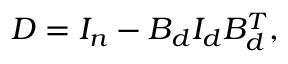
D = I _ { n } - B _ { d } I _ { d } B _ { d } ^ { T } ,